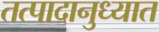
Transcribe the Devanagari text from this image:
तत्पादानुध्यात